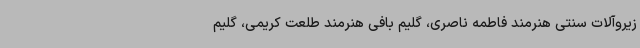
زیروآلات سنتی هنرمند فاطمه ناصری، گلیم بافی هنرمند طلعت کریمی، گلیم